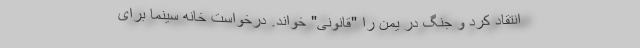
انتقاد کرد و جنگ در یمن را "قانونی" خواند. درخواست خانه سینما برای